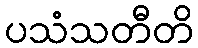
ပသံသတီတိ